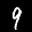
Label: 9